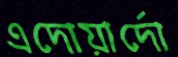
এদোয়ার্দো